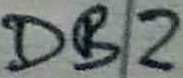
Text: DB2